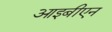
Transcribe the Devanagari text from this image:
आइबीएन